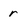
Character: r